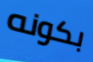
بكونه